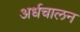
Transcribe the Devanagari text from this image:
अर्धचालन